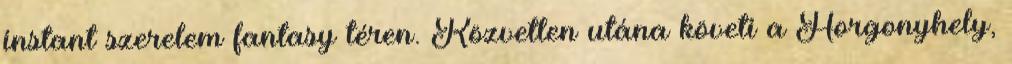
instant szerelem fantasy téren. Közvetlen utána követi a Horgonyhely,